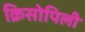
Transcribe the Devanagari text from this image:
क्रिसोपिली